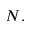
N .